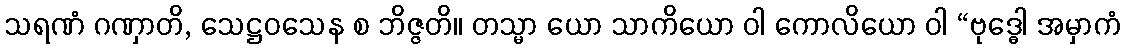
သရဏံ ဂဏှာတိ, သေဋ္ဌဝသေန စ ဘိဇ္ဇတိ။ တသ္မာ ယော သာကိယော ဝါ ကောလိယော ဝါ “ဗုဒ္ဓေါ အမှာကံ